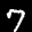
Label: 7